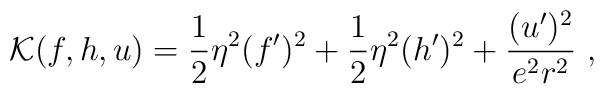
{\cal K}(f,h,u)=\frac12\eta^2(f')^2+\frac12\eta^2(h')^2+\frac{(u')^2}{e^2r^2} \ ,